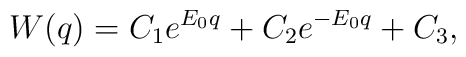
W(q) = C_1 e^{E_0 q}+ C_2 e^{-E_0 q}+C_3,